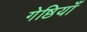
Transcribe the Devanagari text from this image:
गेष्ठियाँ